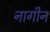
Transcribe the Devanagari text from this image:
नागीन